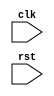
module behavior_modeling_block (
    input wire clk,
    input wire rst,
    // other input and output ports
    
);

// define your module behavior here

always @(posedge clk or negedge rst) begin
    // define behavior here
end

// define other module components and logic here

endmodule